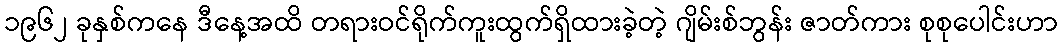
၁၉၆၂ ခုနှစ်ကနေ ဒီနေ့အထိ တရားဝင်ရိုက်ကူးထွက်ရှိထားခဲ့တဲ့ ဂျိမ်းစ်ဘွန်း ဇာတ်ကား စုစုပေါင်းဟာ